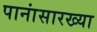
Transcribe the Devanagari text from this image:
पानांसारख्या